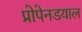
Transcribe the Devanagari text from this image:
प्रोपेनडयाल